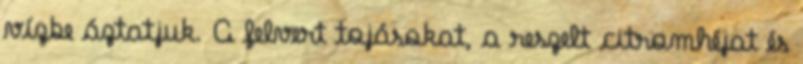
vízbe áztatjuk. A felvert tojásokat, a reszelt citromhéjat és